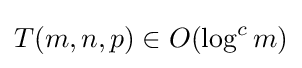
T(m,n,p)\in O(\log ^{c}m)